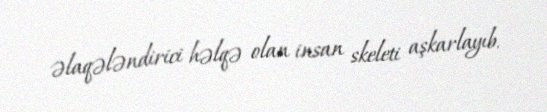
əlaqələndirici həlqə olan insan skeleti aşkarlayıb.